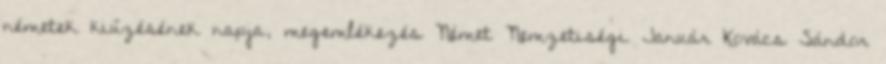
németek kiűzésének napja, megemlékezés Német Nemzetiségi Január Kovács Sándor